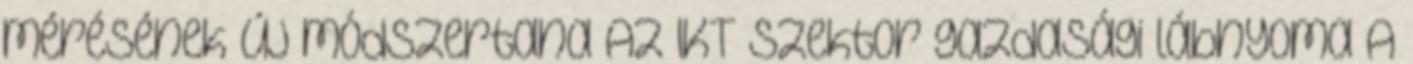
mérésének új módszertana Az IKT szektor gazdasági lábnyoma A